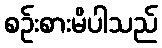
စဉ်းစားမိပါသည်